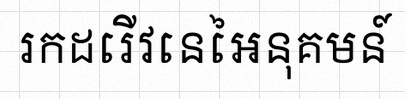
រកដេរីវេនៃអនុគមន៍